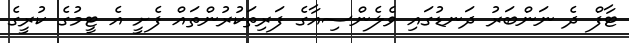
ޓާފް ދެ ނަންބަރު ދަނޑުގައި ވެލެންސިއާގެ ފަރިތަކުރުންތައް ފެށީ އެ ޓީމުގެ ކުރީގެ